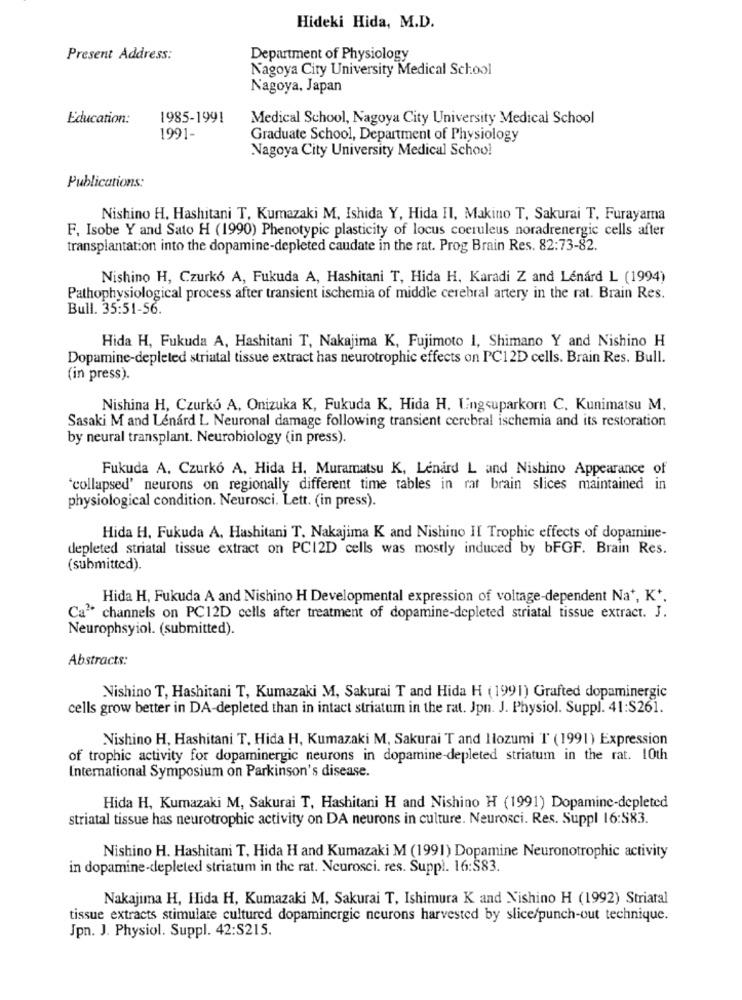
Hideki Hida, M.D.
Present Address:
Department of Physiology
Nagoya City University Medical School
Nagoya, Japan
Education:
1985-1991
Medical School, Nagoya City University Medical School
1991-
Graduate School, Department of Physiology
Nagoya City University Medical School
Publications:
Nishino H. Hashitani T, Kumazaki M, Ishida Y, Hida Il, Makino T, Sakurai T, Furayama
F. Isobe Y and Sato H (1990) Phenotypic plasticity of locus coeruleus noradrenergic cells after
transplantation into the dopamine-depleted caudate in the rat. Prog Brain Res. 82:73-82.
Nishino H, Czurk6 A, Fukuda A, Hashitani T, Hida H. Karadi Z and Lénárd L (1994)
Pathophysiological process after transient ischemia of middle cerebral artery in the rat. Brain Res.
Bull. 35:51-56.
Hida H, Fukuda A, Hashitani T, Nakajima K, Fujimoto 1, Shimano Y and Nishino H
Dopamine-depleted striatal tissue extract has neurotrophic effects on PC12D cells. Brain Res. Bull.
(in press).
Nishina H, Czurkó A, Onizuka K, Fukuda K, Hida H. Lngsuparkorn C, Kunimatsu M.
Sasaki M and Lenard L Neuronal damage following transient cerebral ischemia and its restoration
by neural transplant. Neurobiology (in press).
Fukuda A. Czurko A, Hida H. Muramatsu K, Lenard L and Nishino Appearance of
"collapsed' neurons on regionally different time tables in rat brain slices maintained in
physiological condition. Neurosci. Lett. (in press).
Hida H. Fukuda A, Hashitani T. Nakajima K and Nishino II Trophic effects of dopamine-
depleted striatal tissue extract on PC12D cells was mostly induced by bFGF. Brain Res.
(submitted).
Hida H, Fukuda A and Nishino H Developmental expression of voltage-dependent Na+, K'.
Ca2 channels on PC12D cells after treatment of dopamine-depleted striatal tissue extract. J.
Neurophsyiol. (submitted).
Abstracts:
Nishino T, Hashitani T, Kumazaki M, Sakurai T and Hida H (1991) Grafted dopaminergic
cells grow better in DA-depleted than in intact striatum in the rat. Jpn. J. Physiol. Suppl. 41:S261.
Nishino H, Hashitani T. Hida H, Kumazaki M, Sakurai T and Ilozumi T' (1991) Expression
of trophic activity for dopaminergic neurons in dopamine-depleted striatum in the rat. 10th
International Symposium on Parkinson's disease.
Hida H, Kumazaki M, Sakurai T, Hashitani H and Nishino H (1991) Dopamine-depleted
striatal tissue has neurotrophic activity on DA neurons in culture. Neurosci. Res. Suppl 16:583.
Nishino H. Hashitani T, Hida H and Kumazaki M (1991) Dopamine Neuronotrophic activity
in dopamine-depleted striatum in the rat. Neurosci. res. Suppl. 16:$83.
Nakajima H, Hida H, Kumazaki M, Sakurai T, Ishimura K and Nishino H (1992) Striatal
tissue extracts stimulate cultured dopaminergic neurons harvested by slice/punch-out technique.
Jpn. J. Physiol. Suppl. 42:S215.